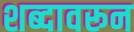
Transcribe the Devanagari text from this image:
शब्‍दावरून